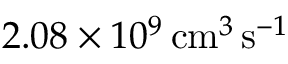
2 . 0 8 \times 1 0 ^ { 9 } \, \mathrm { c m } ^ { 3 } \, \mathrm { s } ^ { - 1 }